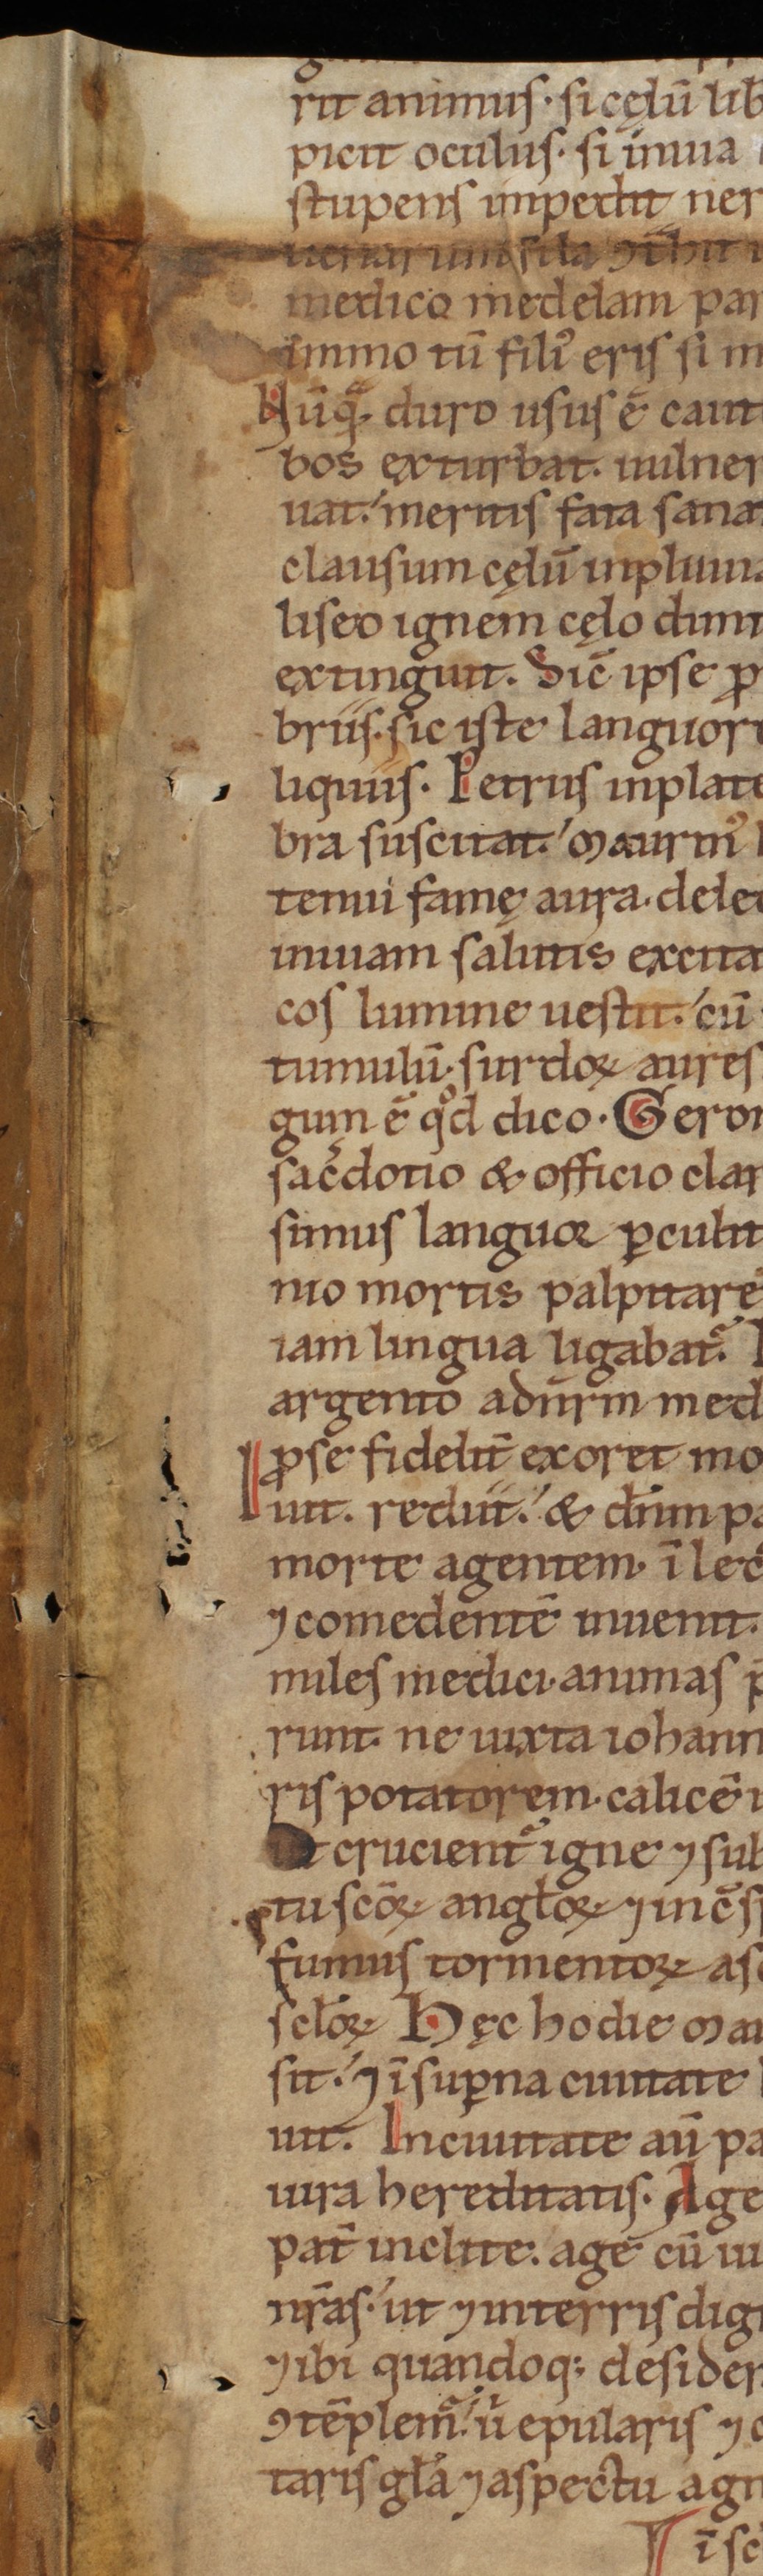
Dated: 1140–1170